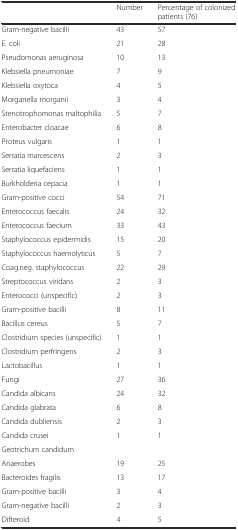
<table><thead><tr><td></td><td><b>Number</b></td><td><b>Percentage of colonized patients (76)</b></td></tr></thead><tbody><tr><td>Gram-negative bacilli</td><td>43</td><td>57</td></tr><tr><td>E. coli</td><td>21</td><td>28</td></tr><tr><td>Pseudomonas aeruginosa</td><td>10</td><td>13</td></tr><tr><td>Klebsiella pneumoniae</td><td>7</td><td>9</td></tr><tr><td>Klebsiella oxytoca</td><td>4</td><td>5</td></tr><tr><td>Morganella morganii</td><td>3</td><td>4</td></tr><tr><td>Stenotrophomonas maltophilia</td><td>5</td><td>7</td></tr><tr><td>Enterobacter cloacae</td><td>6</td><td>8</td></tr><tr><td>Proteus vulgaris</td><td>1</td><td>1</td></tr><tr><td>Serratia marcescens</td><td>2</td><td>3</td></tr><tr><td>Serratia liquefaciens</td><td>1</td><td>1</td></tr><tr><td>Burkholderia cepacia</td><td>1</td><td>1</td></tr><tr><td>Gram-positive cocci</td><td>54</td><td>71</td></tr><tr><td>Enterococcus faecalis</td><td>24</td><td>32</td></tr><tr><td>Enterococcus faecium</td><td>33</td><td>43</td></tr><tr><td>Staphylococcus epidermidis</td><td>15</td><td>20</td></tr><tr><td>Staphylococcus haemolyticus</td><td>5</td><td>7</td></tr><tr><td>Coag.neg. staphylococcus</td><td>22</td><td>29</td></tr><tr><td>Streptococcus viridans</td><td>2</td><td>3</td></tr><tr><td>Enterococci (unspecific)</td><td>2</td><td>3</td></tr><tr><td>Gram-positive bacilli</td><td>8</td><td>11</td></tr><tr><td>Bacillus cereus</td><td>5</td><td>7</td></tr><tr><td>Clostridium species (unspecific)</td><td>1</td><td>1</td></tr><tr><td>Clostridium perfringens</td><td>2</td><td>3</td></tr><tr><td>Lactobacillus</td><td>1</td><td>1</td></tr><tr><td>Fungi</td><td>27</td><td>36</td></tr><tr><td>Candida albicans</td><td>24</td><td>32</td></tr><tr><td>Candida glabrata</td><td>6</td><td>8</td></tr><tr><td>Candida dubliensis</td><td>2</td><td>3</td></tr><tr><td>Candida crusei</td><td>1</td><td>1</td></tr><tr><td>Geotrichum candidum</td><td></td><td></td></tr><tr><td>Anaerobes</td><td>19</td><td>25</td></tr><tr><td>Bacteroides fragilis</td><td>13</td><td>17</td></tr><tr><td>Gram-positive bacilli</td><td>3</td><td>4</td></tr><tr><td>Gram-negative bacilli</td><td>2</td><td>3</td></tr><tr><td>Difteroid</td><td>4</td><td>5</td></tr></tbody></table>